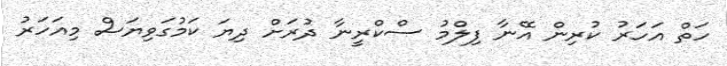
ހަތް އަހަރު ކުރިން އޭނާ ފިލްމު ސްކްރީނާ ދުރަށް ދިޔަ ކަމުގަވިޔަސް މިއަހަރު